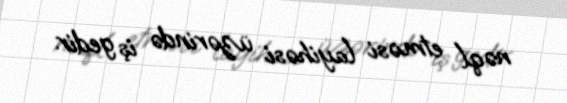
nəql etməsi layihəsi üzərində iş gedir.